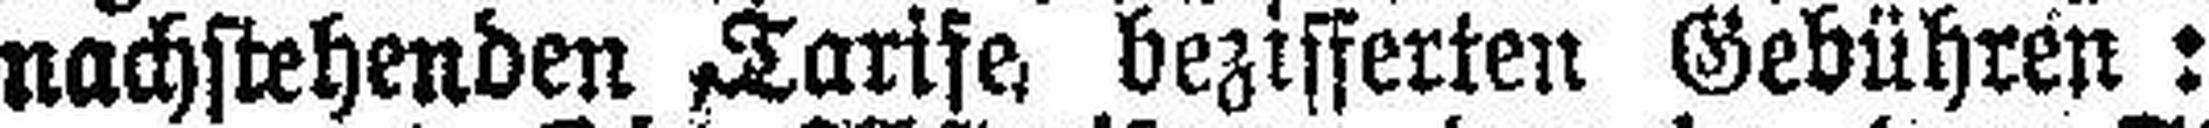
nachstehenden Tarife, bezifferten Gebühren: